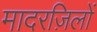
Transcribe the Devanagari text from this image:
मादरज़िलों